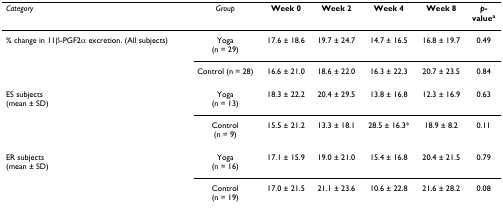
| Category | Group | Week 0 | Week 2 | Week 4 | Week 8 | p-valuea |
 | --- | --- | --- | --- | --- | --- | --- |
 | % change in 11β-PGF2α excretion. (All subjects) | Yoga(n = 29) | 17.6 ± 18.6 | 19.7 ± 24.7 | 14.7 ± 16.5 | 16.8 ± 19.7 | 0.49 |
 |  | Control (n = 28) | 16.6 ± 21.0 | 18.6 ± 22.0 | 16.3 ± 22.3 | 20.7 ± 23.5 | 0.84 |
 | ES subjects(mean ± SD) | Yoga(n = 13) | 18.3 ± 22.2 | 20.4 ± 29.5 | 13.8 ± 16.8 | 12.3 ± 16.9 | 0.63 |
 |  | Control(n = 9) | 15.5 ± 21.2 | 13.3 ± 18.1 | 28.5 ± 16.3* | 18.9 ± 8.2 | 0.11 |
 | ER subjects(mean ± SD) | Yoga(n = 16) | 17.1 ± 15.9 | 19.0 ± 21.0 | 15.4 ± 16.8 | 20.4 ± 21.5 | 0.79 |
 |  | Control(n = 19) | 17.0 ± 21.5 | 21.1 ± 23.6 | 10.6 ± 22.8 | 21.6 ± 28.2 | 0.08 |